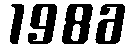
1986